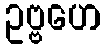
ဥဗ္ဗဟေ